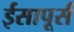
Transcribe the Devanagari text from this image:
ईसापूर्स